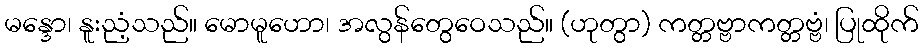
မန္ဒော၊ နူးညံ့သည်။ မောမူဟော၊ အလွန်တွေဝေသည်။ (ဟုတွာ) ကတ္တဗ္ဗာကတ္တဗ္ဗံ၊ ပြုထိုက်